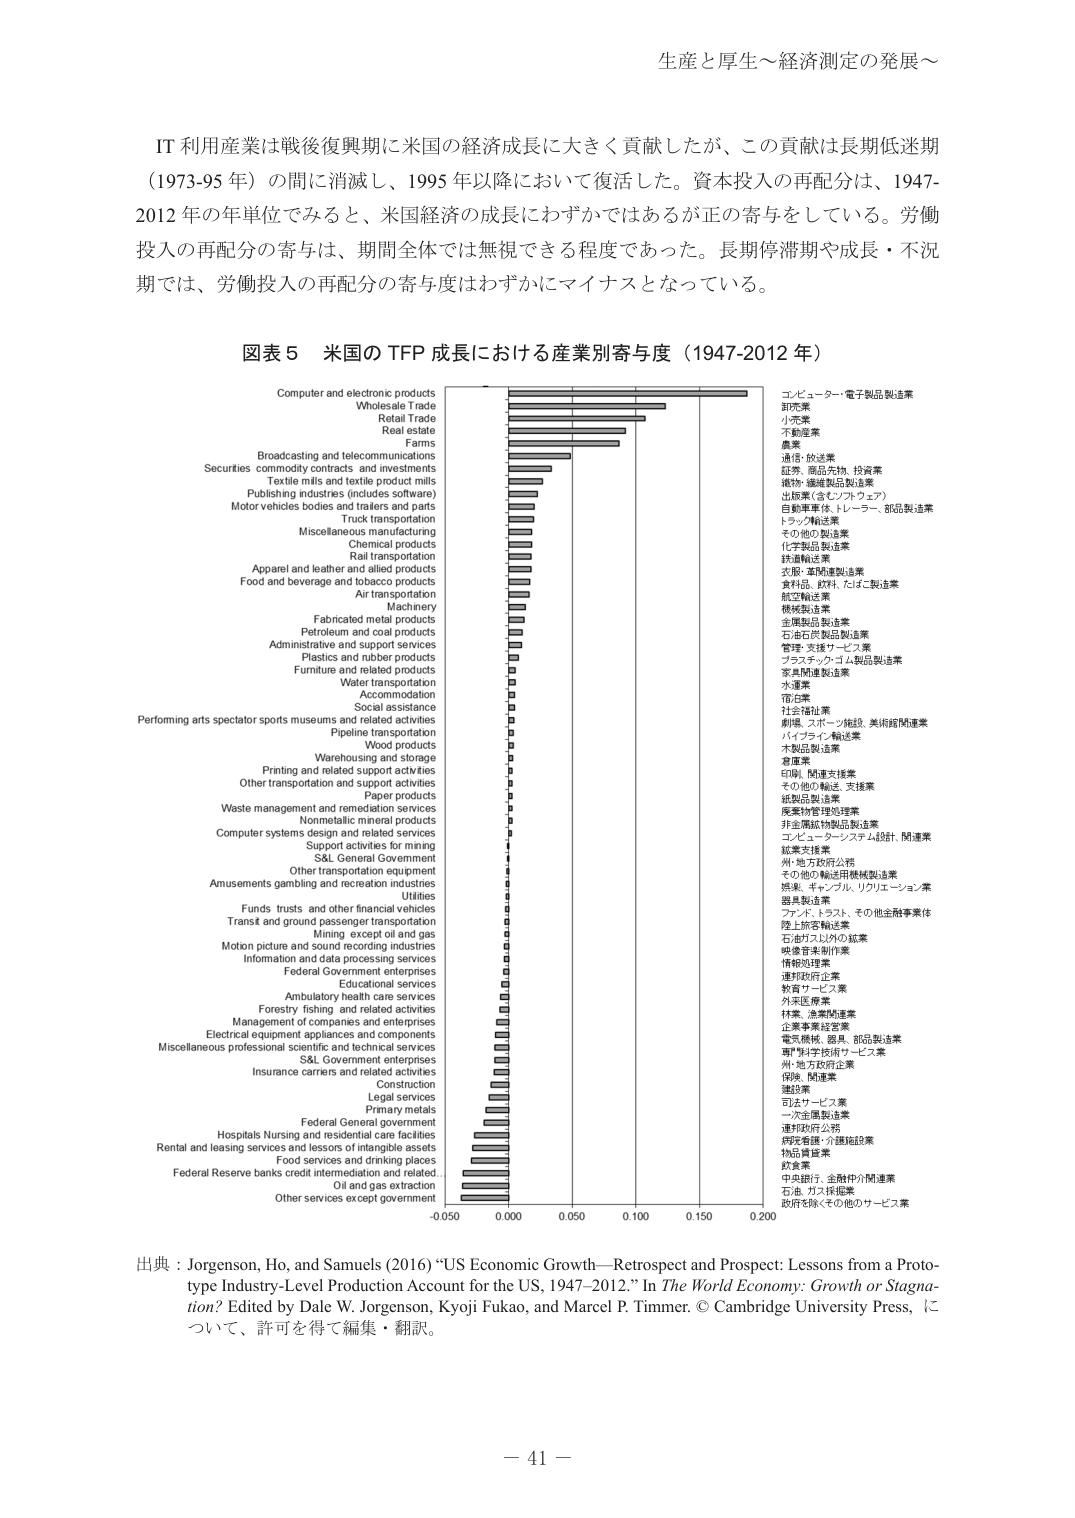
生産と厚生～経済測定の発展～

IT 利用産業は戦後復興期に米国の経済成長に大きく貢献したが、この貢献は長期低迷期（1973-95 年）の間に消滅し、1995 年以降において復活した。資本投入の再配分は、1947-2012 年の単位でみると、米国経済の成長にわずかではあるが正の寄与をしている。労働投入の再配分の寄与は、期間全体では無視できる程度であった。長期停滞期や成長・不況期では、労働投入の再配分の寄与度はわずかにマイナスとなっている。

図表 5 米国の TFP 成長における産業別寄与度（1947-2012 年）

Computer and electronic products
Wholesale Trade
Retail Trade
Real estate
Farms
Broadcasting and telecommunications
Securities, commodity contracts, and investments
Textile mills and textile product mills
Publishing industries (includes software)
Motor vehicles bodies and trailers and parts
Truck transportation
Miscellaneous manufacturing
Chemical products
Rail transportation
Apparel and leather and allied products
Food and beverage and tobacco products
Air transportation
Machinery
Fabricated metal products
Petroleum and coal products
Administrative and support services
Plastics and rubber products
Furniture and related products
Water transportation
Accommodation
Social assistance
Performing arts spectator sports museums and related activities
Pipeline transportation
Wood products
Warehousing and storage
Printing and related support activities
Other transportation and support activities
Paper products
Waste management and remediation services
Nonmetallic mineral products
Computer systems design and related services
Support activities for mining
S&L General Government
Other transportation equipment
Amusements gambling and recreation industries
Utilities
Funds, trusts, and other financial vehicles
Transit and ground passenger transportation
Mining, except oil and gas
Motion picture and sound recording industries
Information and data processing services
Federal Government enterprises
Educational services
Ambulatory health care services
Forestry, fishing, and related activities
Management of companies and enterprises
Electrical equipment appliances and components
Miscellaneous professional scientific and technical services
S&L Government enterprises
Insurance carriers and related activities
Construction
Legal services
Primary metals
Federal General government
Hospitals Nursing and residential care facilities
Rental and leasing services and lessors of intangible assets
Food services and drinking places
Federal Reserve banks credit intermediation and related
Oil and gas extraction
Other services except government

-0.050  0.000  0.050  0.100  0.150  0.200

コンピューター・電子製品製造業
卸売業
小売業
不動産業
農業
通信・放送業
証券、商品先物、投資業
織物、繊維製品製造業
出版業（含むソフトウェア）
自動車車体、トレーラー、部品製造業
トラック輸送業
その他の製造業
化学製品製造業
鉄道輸送業
衣服・革関連製造業
食料品、飲料、たばこ製造業
航空輸送業
機械製造業
金属製品製造業
石油石炭製品製造業
管理・支援サービス業
プラスチック・ゴム製品製造業
家具関連製造業
水運業
宿泊業
社会福祉業
劇場、スポーツ施設、美術館関連業
パイプライン輸送業
木製品製造業
倉庫業
印刷、関連支援業
その他の輸送、支援業
紙製品製造業
廃棄物管理処理業
非金属鉱物製品製造業
コンピューターシステム設計、関連業
鉱業支援業
州・地方政府公務
その他の輸送用機械製造業
娯楽、ギャンブル、リクリエーション業
電気熱供給業
ファンド、トラスト、その他金融事業体
陸上旅客輸送業
石油ガス以外の鉱業
映像音楽制作業
情報処理業
連邦政府企業
教育サービス業
外来医療業
林業、漁業関連業
企業事業経営業
電気機械、器具、部品製造業
専門科学技術サービス業
州・地方政府企業
保険、関連業
建設業
司法サービス業
一次金属製造業
連邦政府公務
病院看護・介護施設業
物品賃貸業
飲食業
中央銀行、金融仲介関連業
石油、ガス採掘業
政府を除くその他のサービス業

出典：Jorgenson, Ho, and Samuels (2016) “US Economic Growth—Retrospect and Prospect: Lessons from a Prototype Industry-Level Production Account for the US, 1947–2012.” In The World Economy: Growth or Stagnation? Edited by Dale W. Jorgenson, Kyoji Fukao, and Marcel P. Timmer. © Cambridge University Press, について、許可を得て編集・翻訳。

－ 41 －